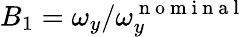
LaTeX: B_{1}=\omega_{y}/\omega_{y}^{\mathrm{~n~o~m~i~n~a~l~}}